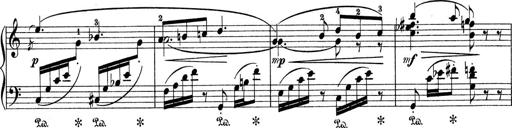
Title: 9 Sonatinen
Composer: Alexander Winterberger